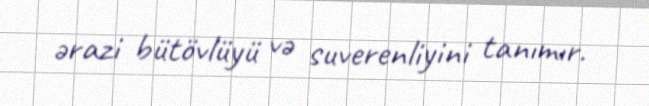
ərazi bütövlüyü və suverenliyini tanımır.